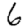
Digit: 6